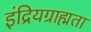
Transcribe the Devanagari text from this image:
इंद्रियग्राह्मता